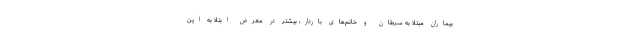
بیماران مبتلا به سرطان و خانم‌های باردار، بیشتر در معرض ابتلا به این